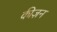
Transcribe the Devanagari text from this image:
कीज़न